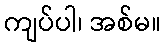
ကျပ်ပါ၊ အစ်မ။